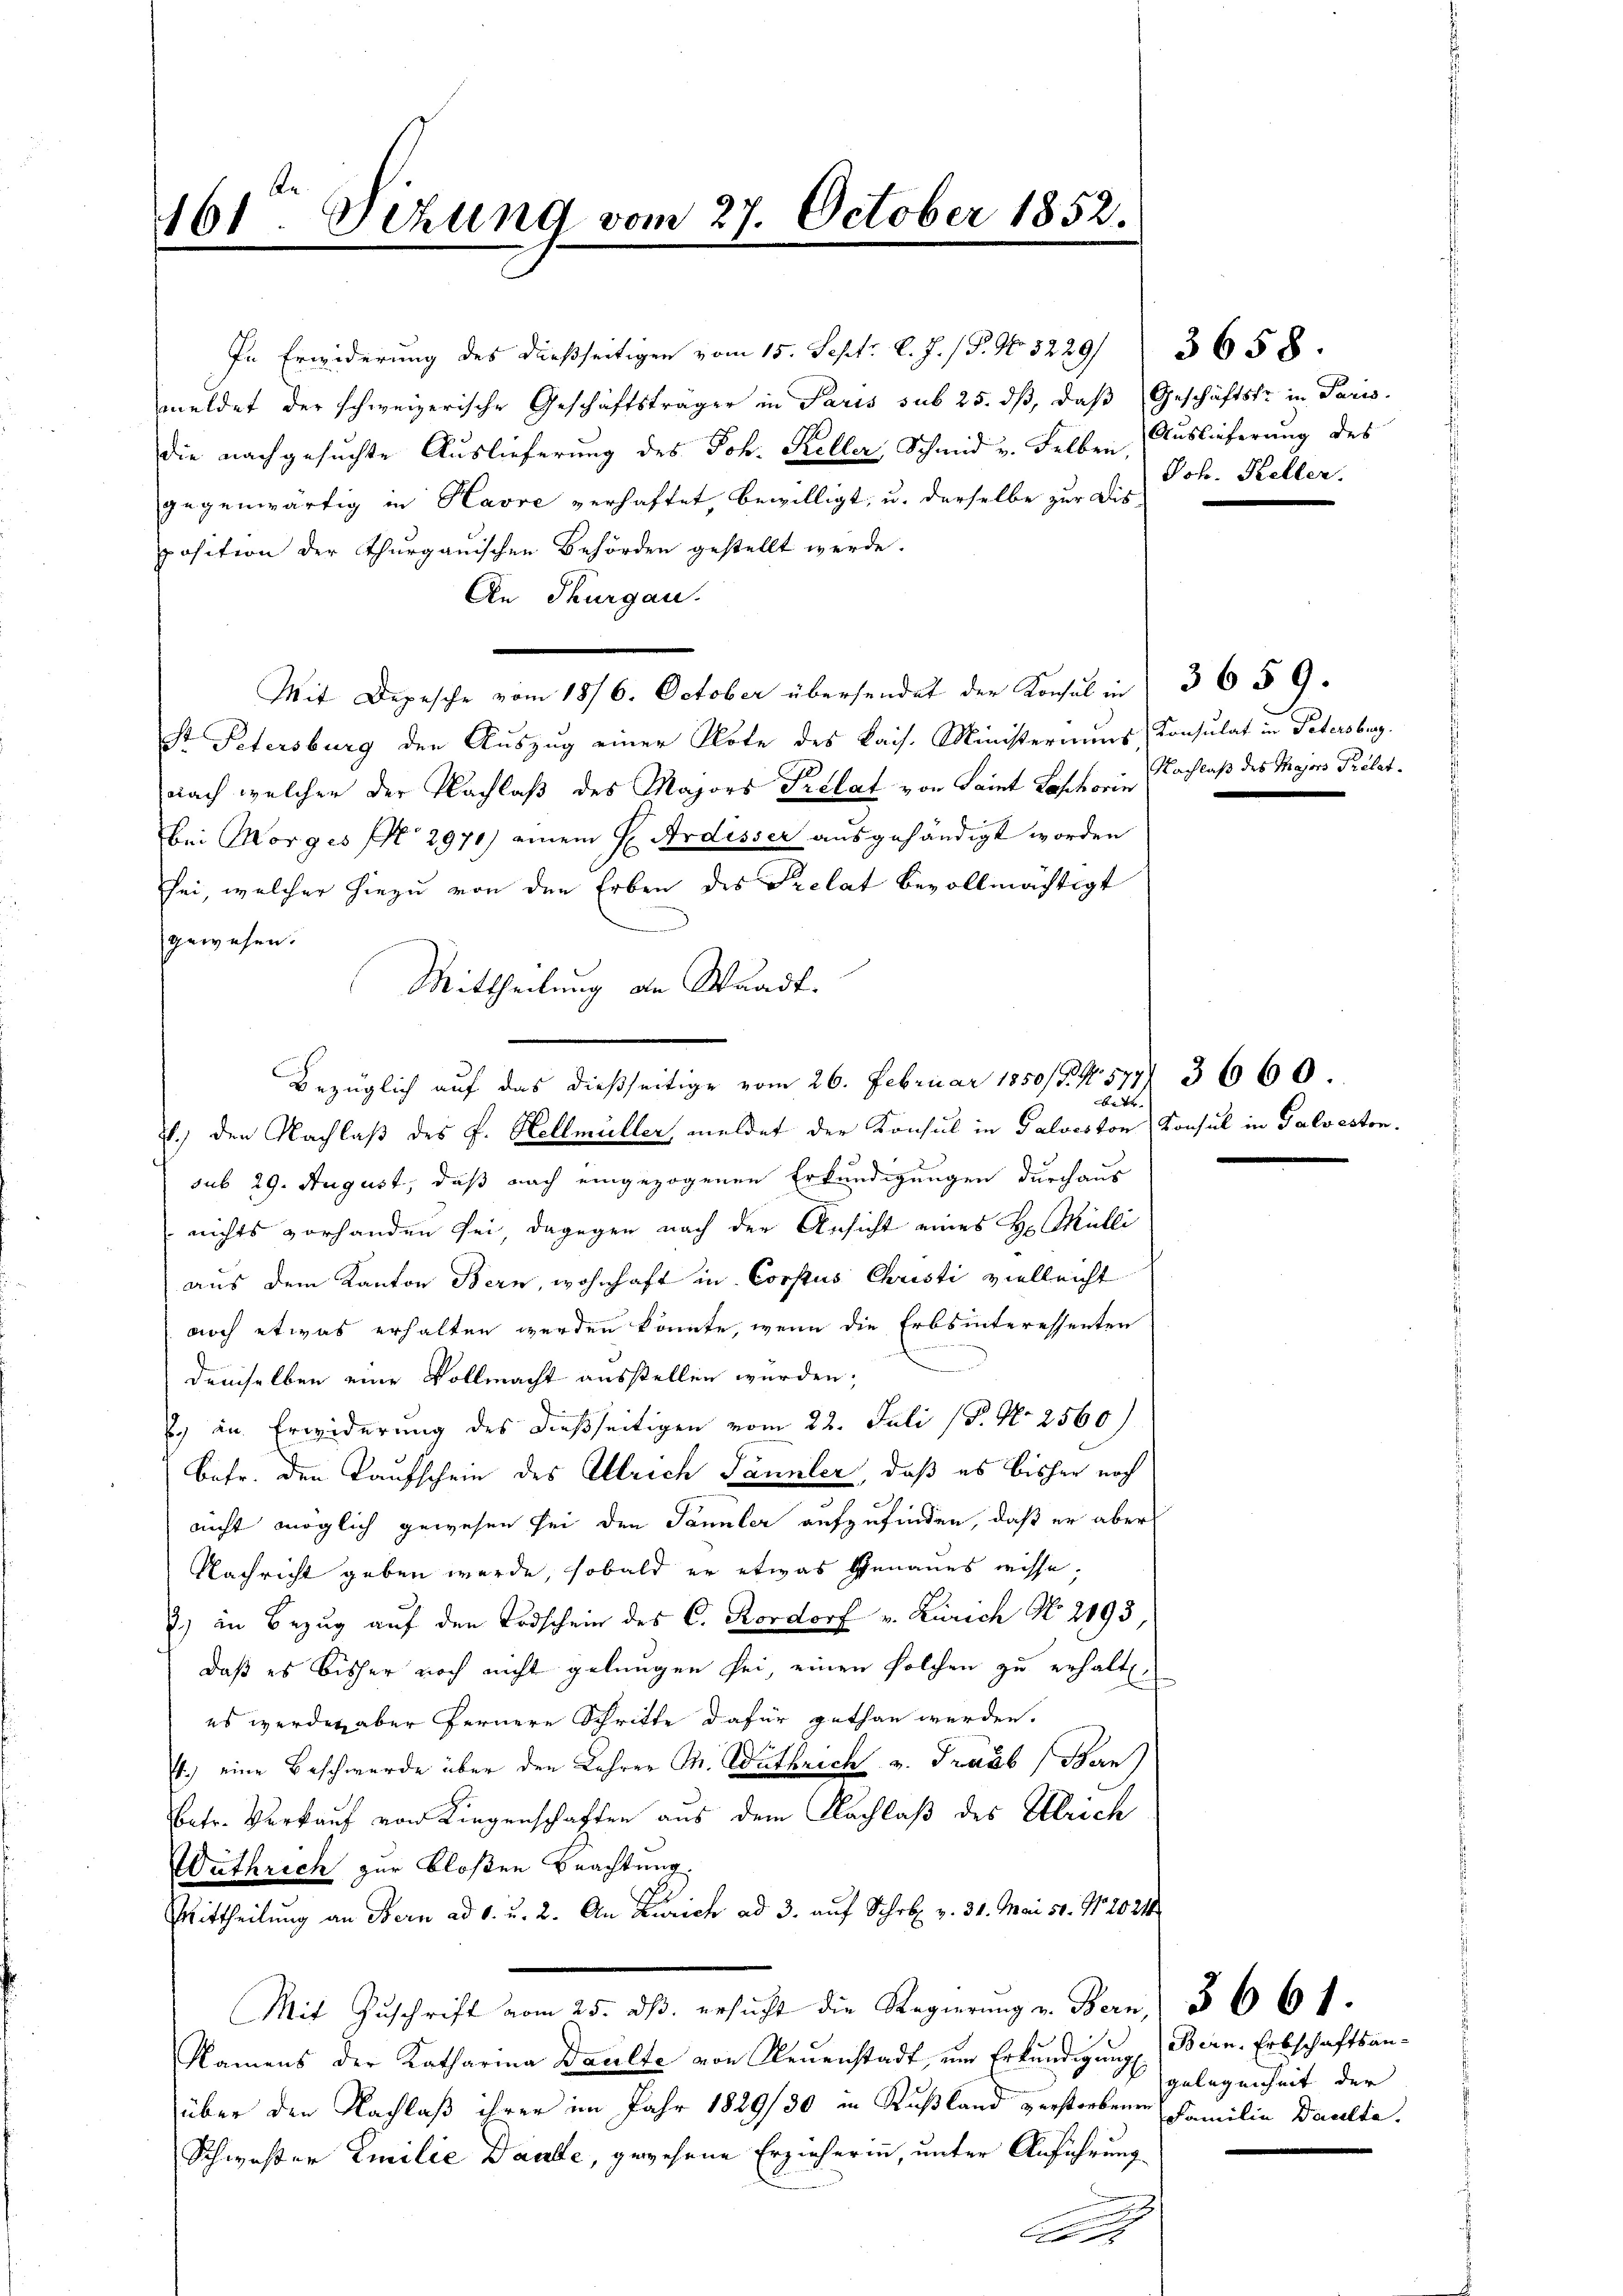
161 Sizung vom 27. October 1852.

meldet der schweizerische Geschäftsträger in Paris sub 25. dβ, daβ (Geschäftsfr. in Paris.
die nachgesuchte Auslieferung des Joh. Keller, Schmid u. selben Auslieferung des
gegenwärtig in Havre verhaftet, bewilligt, u. derselbe zur Dis-
position der Thurgauischen Behörden gestellt werde.
An Thurgau.
Mit Depesche vom 18/6. October übersendet der Konsul in 3 659.
Sr Petersburg der Auszug einer Note des Kais. Ministeriums Consulat in Petersburg.
nach welcher der Nachlaß des Majors Prelat von Seit Loschein Nachlaß des Majors Prälatbei Morges N. 2971) einem H Ardisser ausgehändigt worden
sei, welcher hiezu von den Erben des Prelat bevollmächtigt
gewesen.
Mittheilung an Waadt.
sub 29. August, daß nach eingezogenen Erkundigungen durchaus
nichts vorhanden sei, dagegen nach der Ansicht eines H. Mülli
aus dem Kanton Bern, wohnhaft in Corstus Christi vielleicht
noch etwas erhalten werden könnte, wenn die Erbsinteressenten
demselben eine Vollmacht ausstellen würden;
E. in Erwiderung des dießseitigen vom 22. Juli (P. Nr. 2560)
Bafr. den Kaufschein des Ullrich Tannler, daß es bisher noch
nicht möglich gewesen sei den Sammler aufzufinden, daß er aber
Nachricht geben werde, sobald er etwas Genaues wisse,
) in Bezug auf den Todschein des C. Rordorf v. Zürich No. 2193,
daß es bisher noch nicht gelungen sei, einen solchen zu erhalt.
es werden aber fernere Schritte dafür gethan werden.
4.) eine Beschwerde über den Lehrer M. Wuthrich v. Traub (Ban
betr. Verkauf von Liegenschaften aus dem Nachlaß des Ulrich
Wuthrich zur bloßen Beachtung
Mittheilung an Bern ad 1. u. 2. An Zürich ad 3. auf Schr. v. 31. Mai 51. 91. 2021
Mit Zuschrift vom 25. ds. ersucht die Regierung u. Bern 366 f.
Namens der Katharina Daulte von Neuenstadt, um Erkundigung (Bern. Erbschaftsanüber den Nachlaß ihrer im Jahr 1829/30 in Rußland verstorbenen
Schwester Emilie Dante, gegehene Erzieherin, unter Anführung
A

In Erwiderung des dießseitigen vom 15. Sept. l. J. P. Nr. 5229/ 3658.

Bezüglich auf das dießseitige vom 26. Februar 1850/34. 571/ 3660.
bede
2.) Den Nachlaß des F. Hellmüller, meldet der Konsul in Galveston Konsul in Galveston.

Joh. Keller.

gelegenheit der
Familie Baselte.